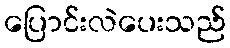
ပြောင်းလဲပေးသည်